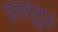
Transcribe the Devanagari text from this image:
तसव्‍वुफ